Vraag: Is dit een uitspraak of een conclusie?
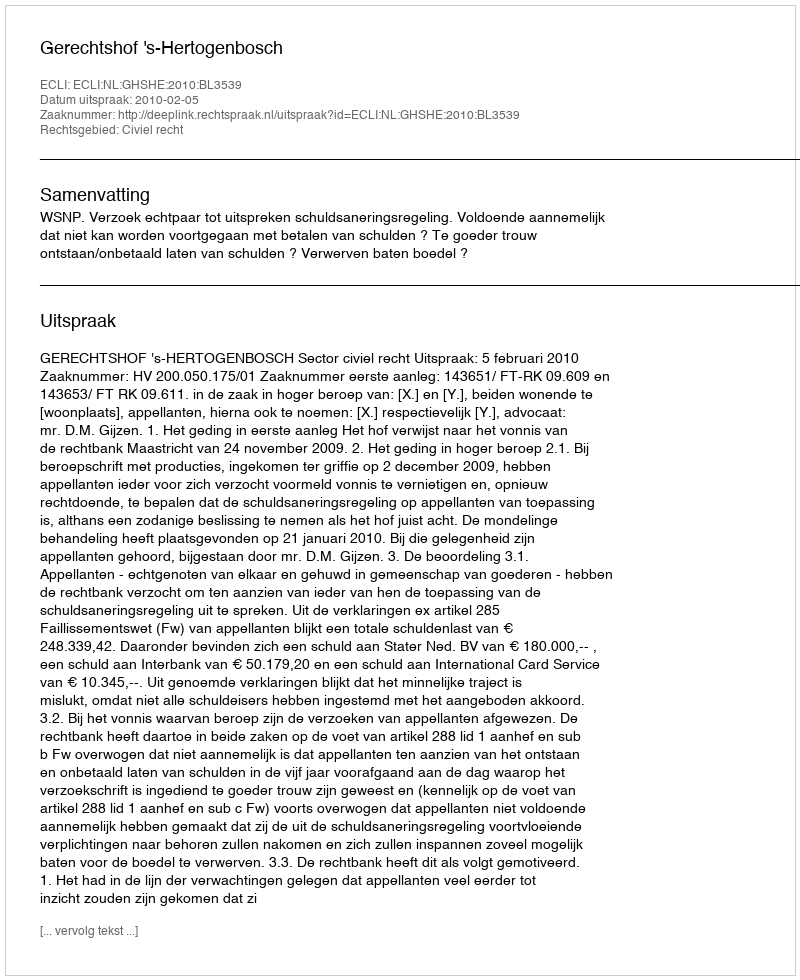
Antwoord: Uitspraak